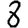
Digit: 8